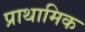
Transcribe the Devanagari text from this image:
प्राथामिक